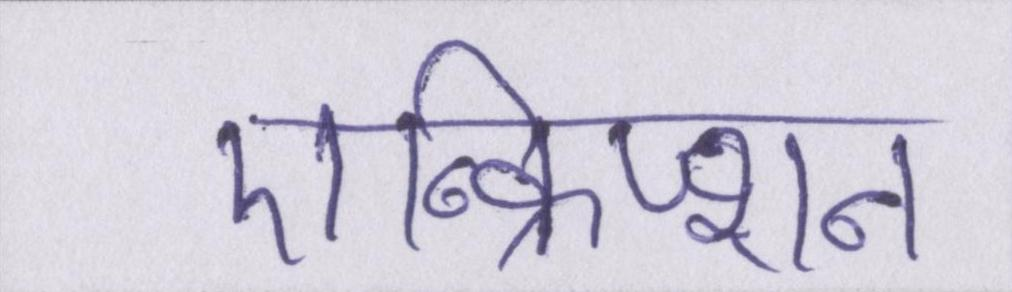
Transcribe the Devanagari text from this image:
एन्क्रिप्शन